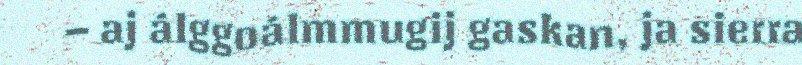
– aj álggoálmmugij gaskan, ja sierra